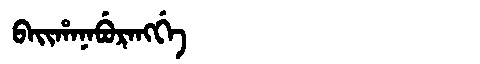
Manchu: ᠪᠠᡳᡥᠠᠨᠠᠪᡠᡵᠠᠩᡤᡝ
Romanization: BAIHANABURANGGE